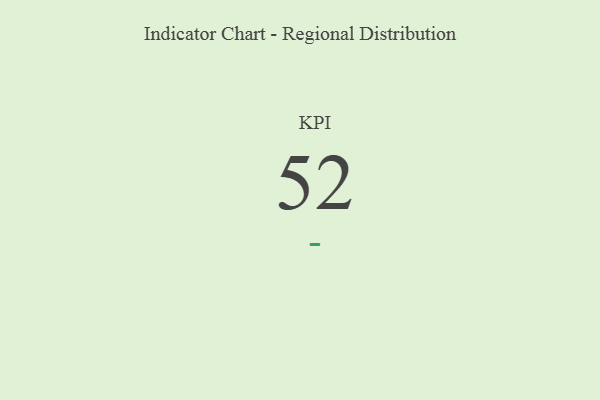
{"axis": {"x": "KPI", "y": "Value"}, "legend": [""], "data": [{"x": "KPI", "y": 52, "type": ""}]}